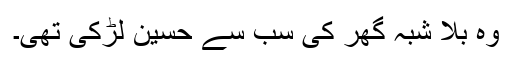
وہ بلا شبہ گھر کی سب سے حسین لڑکی تھی۔